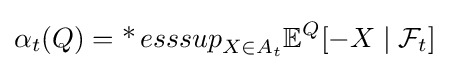
\alpha _{t}(Q)=\operatorname {*} {esssup}_{X\in A_{t}}\mathbb {E} ^{Q}[-X\mid {\mathcal {F}}_{t}]